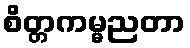
စိတ္တကမ္မညတာ